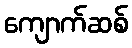
ကျောက်ဆစ်